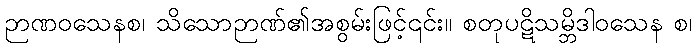
ဉာဏဝသေနစ၊ သိသောဉာဏ်၏အစွမ်းဖြင့်၎င်း။ စတုပဋိသမ္ဘိဒါဝသေန စ၊